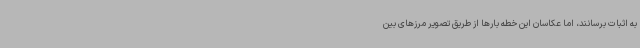
به اثبات برسانند، اما عکاسان این خطه بارها از طریق تصویر مرزهای بین